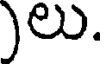
)లు.